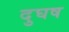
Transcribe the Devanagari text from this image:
दुघष